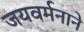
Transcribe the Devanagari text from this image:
जयवर्मनाने